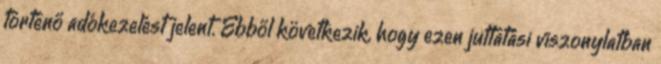
történő adókezelést jelent. Ebből következik, hogy ezen juttatási viszonylatban